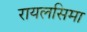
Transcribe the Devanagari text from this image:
रायलसिमा